Leprosy in India: report of the Leprosy Commission in India, 1890-91
Year: 1890
Disease focus: Leprosy
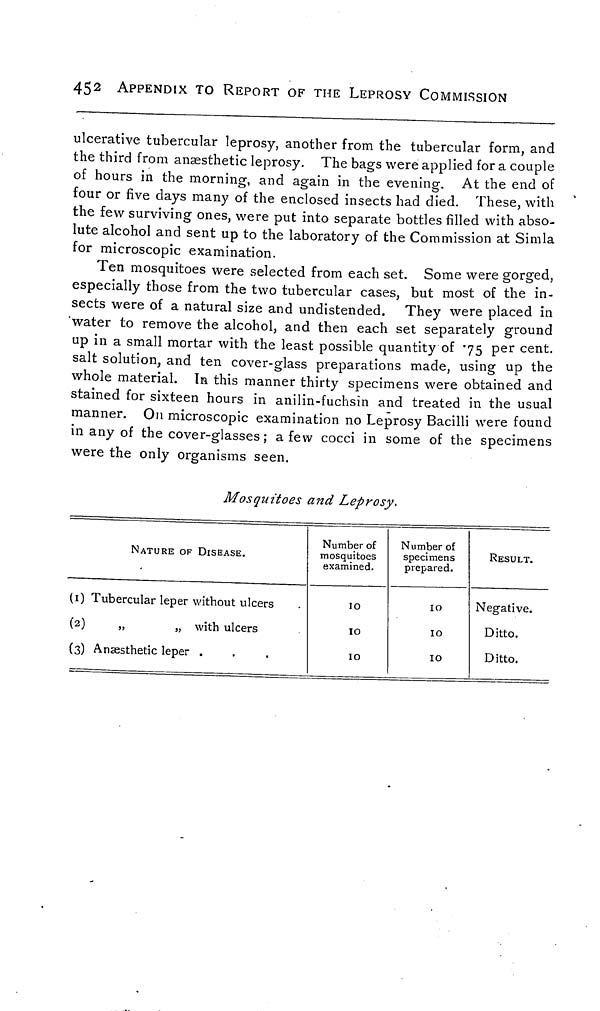
452 APPENDIX TO REPORT OF THE LEPROSY COMMISSION
ulcerative tubercular leprosy, another from the tubercular form, and
the third from anaesthetic leprosy. The bags were applied for a couple
of hours in the morning, and again in the evening. At the end of
four or five days many of the enclosed insects had died. These, with
the few surviving ones, were put into separate bottles filled with abso-
lute alcohol and sent up to the laboratory of the Commission at Simla
for microscopic examination.
Ten mosquitoes were selected from each set. Some were gorged,
especially those from the two tubercular cases, but most of the in-
sects were of a natural size and undistended. They were placed in
water to remove the alcohol, and then each set separately ground
up in a small mortar with the least possible quantity of .75 per cent.
salt solution, and ten cover-glass preparations made, using up the
whole material. In this manner thirty specimens were obtained and
stained for sixteen hours in anilin-fuchsin and treated in the usual
manner. On microscopic examination no Leprosy Bacilli were found
in any of the cover-glasses; a few cocci in some of the specimens
were the only organisms seen.
Mosquitoes and Leprosy,
NATURE OF DISEASE.
(1) Tubercular leper without ulcers
(2)
"
"
with ulcers
(3) Anæsthetic leper .
Number of
mosquitoes
examined.
10
10
10
Number of
specimens
prepared.
10
10
10
RESULT.
Negative.
Ditto.
Ditto.